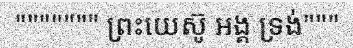
""""""" ព្រះយេស៊ូ អង្គ ទ្រង់"""